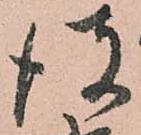
彼